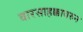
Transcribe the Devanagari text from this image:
वारसाहक्कावरुन